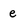
Character: e